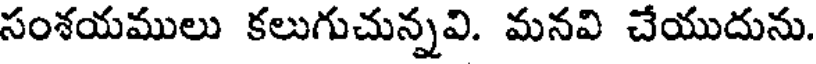
సంశయములు కలుగుచున్నవి. మనవి చేయుదును.